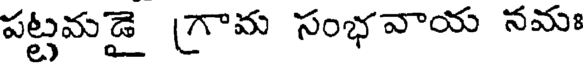
పట్టమడై (గామ సంభవాయ నమః